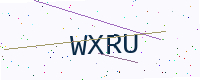
Text: WXRU